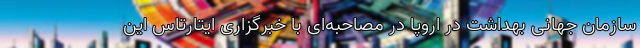
سازمان جهانی بهداشت در اروپا در مصاحبه‌ای با خبرگزاری ایتارتاس این